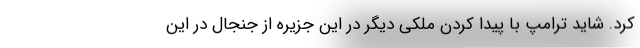
کرد. شاید ترامپ با پیدا کردن ملکی دیگر در این جزیره از جنجال در این